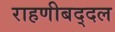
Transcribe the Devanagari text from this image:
राहणीबद्दल